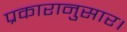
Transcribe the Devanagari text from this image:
प्रकारानुसार।